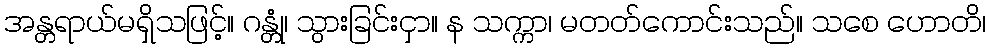
အန္တရာယ်မရှိသဖြင့်။ ဂန္တုံ၊ သွားခြင်းငှာ။ န သက္ကာ၊ မတတ်ကောင်းသည်။ သစေ ဟောတိ၊